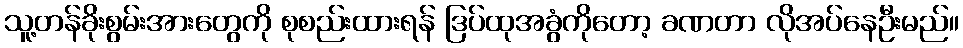
သူ့တန်ခိုးစွမ်းအားတွေကို စုစည်းထားရန် ဒြပ်ထုအခွံကိုတော့ ခဏတာ လိုအပ်နေဦးမည်။